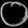
Digit: ၀